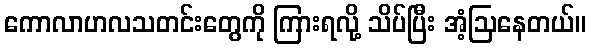
ကောလာဟလသတင်းတွေကို ကြားရလို့ သိပ်ပြီး အံ့ဩနေတယ်။